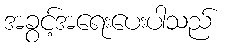
အခွင့်အရေးပေးပါသည်